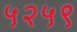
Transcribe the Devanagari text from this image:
५२५९